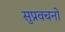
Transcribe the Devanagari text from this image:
सुप्रवचनों